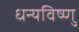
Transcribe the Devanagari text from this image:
धन्यविष्णु